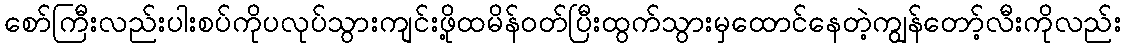
စော်ကြီးလည်းပါးစပ်ကိုပလုပ်သွားကျင်းဖို့ထမိန်ဝတ်ပြီးထွက်သွားမှထောင်နေတဲ့ကျွန်တော့်လီးကိုလည်း